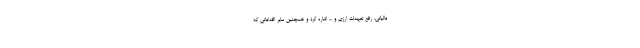
مالیاتی، رفع تعهدات ارزی و ... اشاره کرد و همچنین سایر اقداماتی که